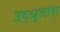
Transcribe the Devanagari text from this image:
उद्धृतांश